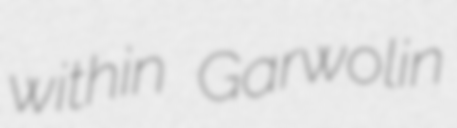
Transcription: within Garwolin